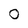
Character: 0